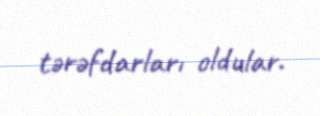
tərəfdarları oldular.